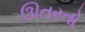
ઊતરતો